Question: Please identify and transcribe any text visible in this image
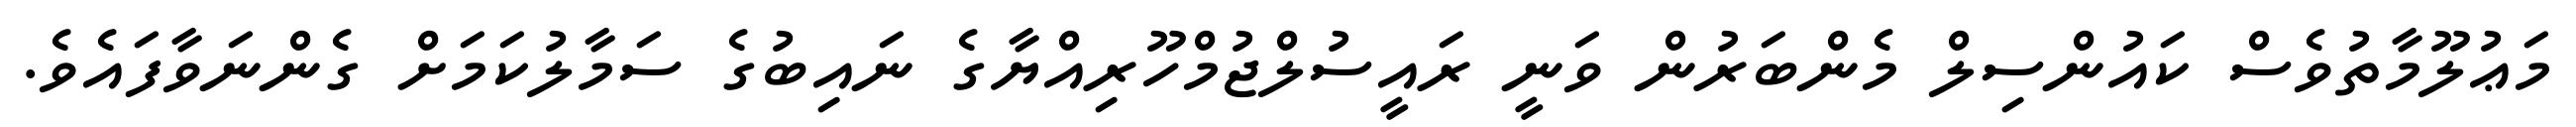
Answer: މަޢުލޫމާތުވެސް ކައުންސިލް މެންބަރުން ވަނީ ރައީސުލްޖުމްހޫރިއްޔާގެ ނައިބުގެ ސަމާލުކަމަށް ގެންނަވާފައެވެ.